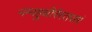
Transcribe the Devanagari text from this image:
नग्नहुधीर्रस्तसरं